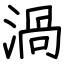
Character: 渦